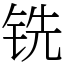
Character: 铣